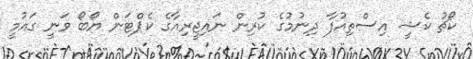
ކޯޗު ކެޝީ އިސްތިއުފާ ދިނުމުގެ ކުރިން ނައިޖީރިއާގެ ކެޕްޓަން ޔޯބޯ ވަނީ ގައުމީ